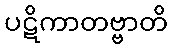
ပဋိကာတဗ္ဗာတိ